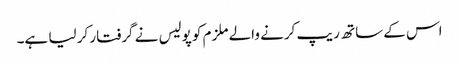
اس کے ساتھ ریپ کرنے والے ملزم کو پولیس نے گرفتار کر لیا ہے۔